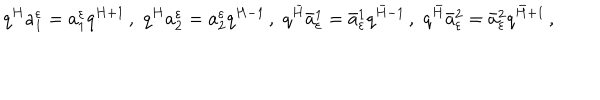
q ^ { H } a _ { 1 } ^ { \varepsilon } = a _ { 1 } ^ { \varepsilon } q ^ { H + 1 } \, , \, \, q ^ { H } a _ { 2 } ^ { \varepsilon } = a _ { 2 } ^ { \varepsilon } q ^ { H - 1 } \, , \, \, q ^ { \bar { H } } { \bar { a } } _ { \varepsilon } ^ { 1 } = { \bar { a } } _ { \varepsilon } ^ { 1 } q ^ { { \bar { H } } - 1 } \, , \, \, q ^ { \bar { H } } { \bar { a } } _ { \varepsilon } ^ { 2 } = { \bar { a } } _ { \varepsilon } ^ { 2 } q ^ { { \bar { H } } + 1 } \, ,